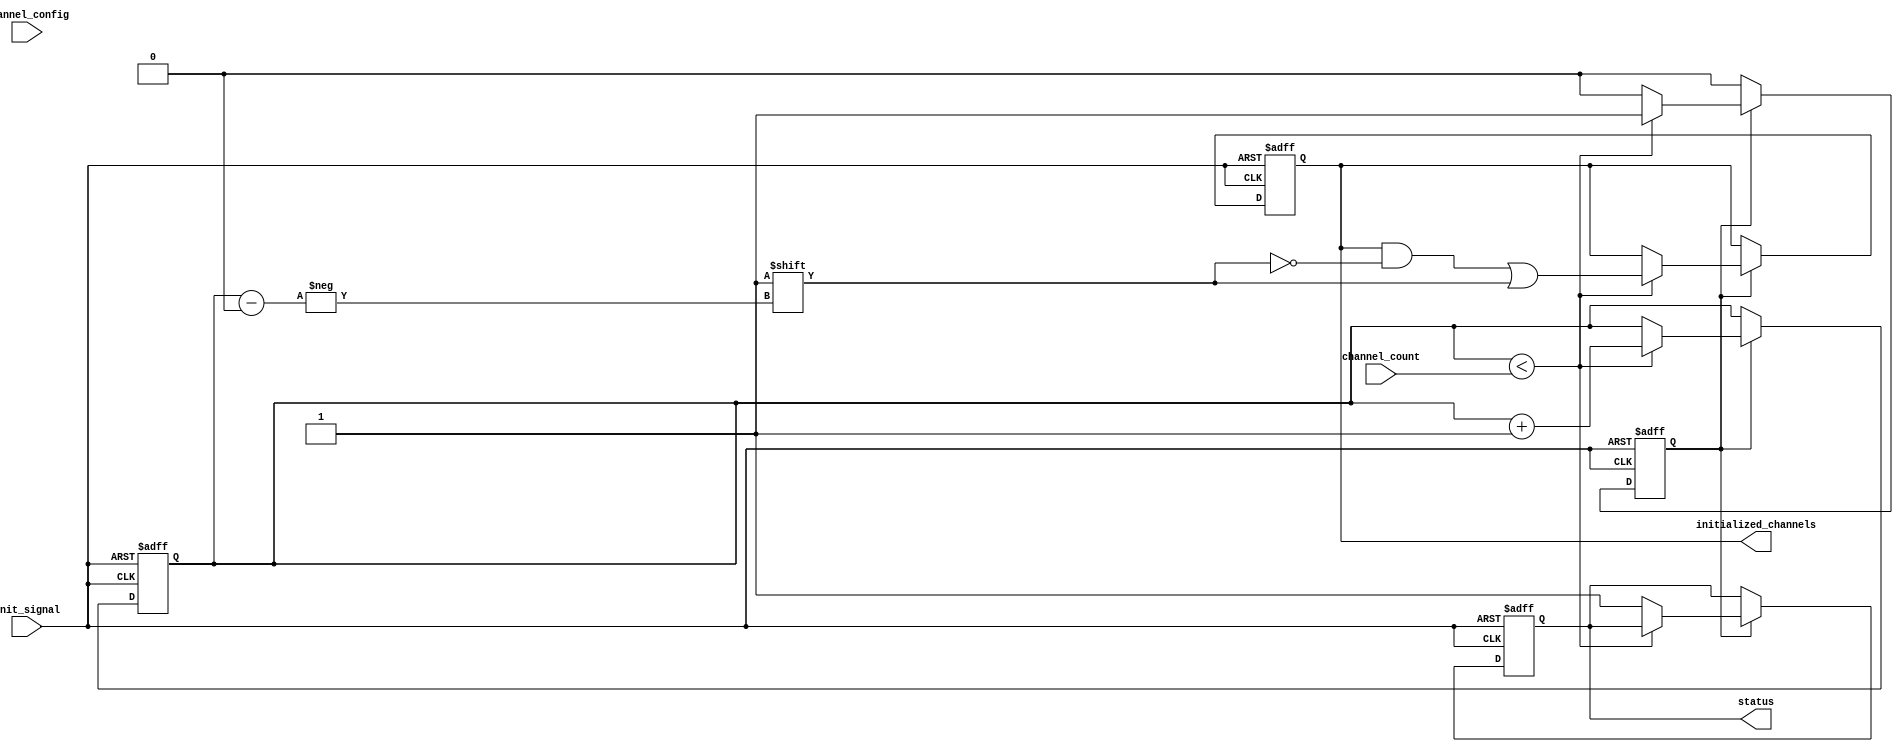
module multi_channel_init #(
    parameter CHANNEL_WIDTH = 8, // Width of each channel's configuration
    parameter MAX_CHANNELS = 16   // Maximum number of channels
)(
    input wire init_signal,                          // Control signal to trigger initialization
    input wire [CHANNEL_WIDTH*MAX_CHANNELS-1:0] channel_config, // Configuration for each channel
    input wire [3:0] channel_count,                  // Number of channels to initialize
    output reg status,                                // Status signal indicating completion
    output reg [MAX_CHANNELS-1:0] initialized_channels // Channels initialization status
);

    reg [3:0] current_channel;                       // Current channel being initialized
    reg initializing;                                 // Flag to indicate if initialization is in progress

    // Initialization process
    always @(posedge init_signal or negedge init_signal) begin
        if (init_signal) begin
            // Start initialization
            current_channel <= 0;
            initializing <= 1;
            status <= 0;
            initialized_channels <= 0;
        end else if (initializing) begin
            if (current_channel < channel_count) begin
                // Simulate channel initialization
                // Here you would typically set the channel registers based on channel_config
                // For example, you might do something like:
                // channel_register[current_channel] <= channel_config[CHANNEL_WIDTH*current_channel +: CHANNEL_WIDTH];

                // Mark the channel as initialized
                initialized_channels[current_channel] <= 1;

                // Move to the next channel
                current_channel <= current_channel + 1;
            end else begin
                // All channels initialized
                initializing <= 0;
                status <= 1; // Set status to indicate completion
            end
        end
    end

endmodule